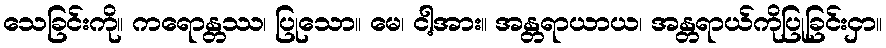
သေခြင်းကို။ ကရောန္တဿ၊ ပြုသော။ မေ၊ ငါ့အား။ အန္တရာယာယ၊ အန္တရာယ်ကိုပြုခြင်းငှာ။